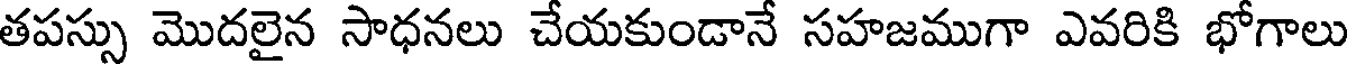
తపస్సు మొదలైన సాధనలు చేయకుండానే సహజముగా ఎవరికి భోగాలు